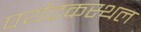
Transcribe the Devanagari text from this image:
पर्यटकस्थल